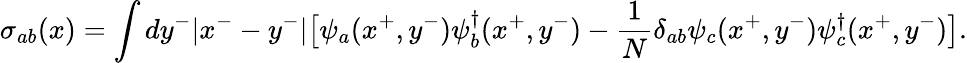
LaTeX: \sigma_{ab}(x)=\int dy^{-}|x^{-}-y^{-}|\big[\psi_{a}(x^{+},y^{-})\psi_{b}^{\dagger}(x^{+},y^{-})-{\frac{1}{N}}\delta_{ab}\psi_{c}(x^{+},y^{-})\psi_{c}^{\dagger}(x^{+},y^{-})\big].